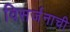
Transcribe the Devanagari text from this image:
विसर्जनाची